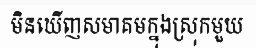
មិនឃើញសមាគមក្នុងស្រុកមួយ